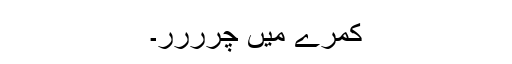
کمرے میں چرررر۔